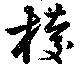
椶